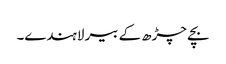
بچے چڑھ کے بیر لاہندے۔